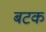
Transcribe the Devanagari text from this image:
बटक